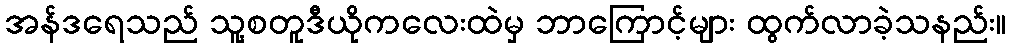
အန်ဒရေသည် သူ့စတူဒီယိုကလေးထဲမှ ဘာကြောင့်များ ထွက်လာခဲ့သနည်း။